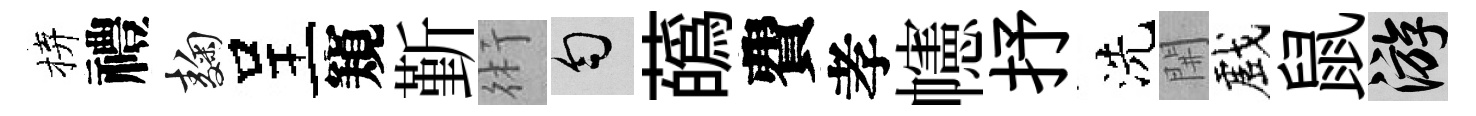
拚禮麹呈窺斳術匀蘤費孝幰抒洗𨳩戲鼠游